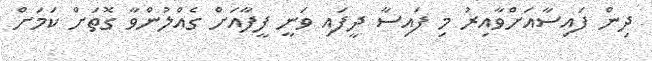
ދިން ފައިސާއަށްވާއިރު މި ފައިސާ ދީފައި ވަނީ ފީފާއަށް ގެއްލުންވާ ގޮތަށް ކަމަށް